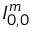
I _ { 0 , 0 } ^ { m }